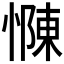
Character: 𢠣